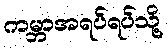
ကမ္ဘာအရပ်ရပ်သို့